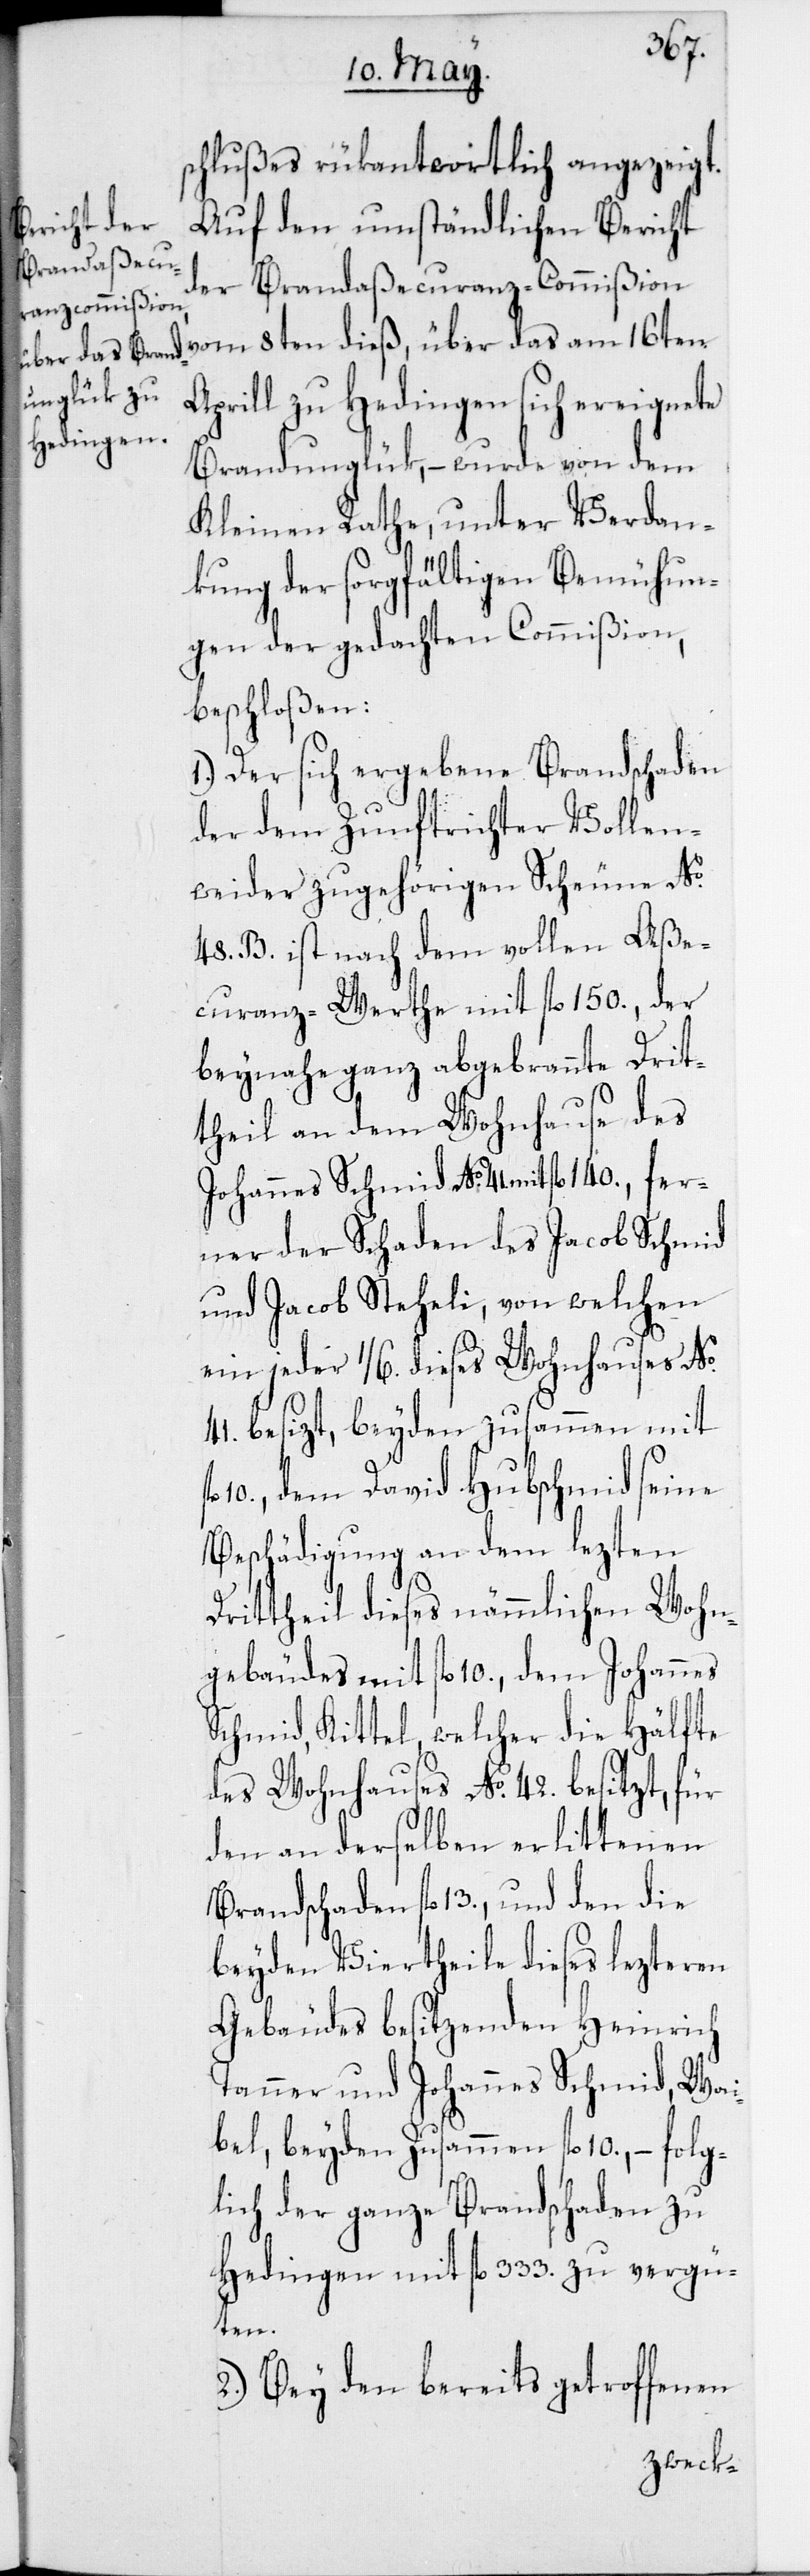
schlußes rükantwortlich angezeigt.
Auf den umständlichen Bericht
der Brandaßecuranz-Commißion
vom 8ten dieß, über das am 16ten
Aprill zu Hedingen sich ereignete
Brandunglük, – wurde von dem
Kleinen Rathe, unter Verdan¬
kung der sorgfältigen Bemühun¬
gen der gedachten Commißion,
beschloßen:
1. Der sich ergebende Brandschaden,
der dem Zunftrichter Vollen¬
weider zugehörigen Scheune No
48. B. ist nach dem vollen Aße¬
curanz-Werth mit fl. 150., der
beynahe ganz abgebrannte Drit¬
theil an dem Wohnhause des
Johannes Schmid No 41 mit fl. 140., fer¬
ner der Schaden des Jacob Schmid
und Jacob Steheli, von welchen
ein jeder ¹/6. dieses Wohnhauses No
41. besizt, beyden zusammen mit
10., dem David Hubschmid seine
Beschädigung an dem lezten
Drittheil dieses nämmlichen Wohn¬
gebäudes mit fl. 10., dem Johannes
Schmid, Kittel, welcher die Hälfte
des Wohnhauses No 42. besitzt, für
den an derselben erlittenen
Brandschaden fl. 13., und den die
beyden Viertheile dieses lezteren
Gebäudes besitzenden Heinrich
Tanner und Johannes Schmid, Wai¬
bel, beyden zusammen fl. 10., – folg¬
lich der ganze Brandschaden zu
Hedingen mit fl. 333. zu vergü¬
ten.
2. Bey den bereits getroffenen